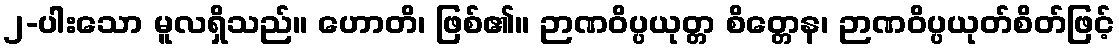
၂-ပါးသော မူလရှိသည်။ ဟောတိ၊ ဖြစ်၏။ ဉာဏဝိပ္ပယုတ္တ စိတ္တေန၊ ဉာဏဝိပ္ပယုတ်စိတ်ဖြင့်